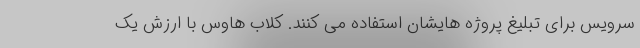
سرویس برای تبلیغ پروژه هایشان استفاده می کنند. کلاب هاوس با ارزش یک